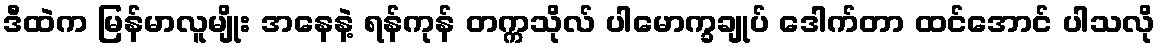
ဒီထဲက မြန်မာလူမျိုး အနေနဲ့ ရန်ကုန် တက္ကသိုလ် ပါမောက္ခချုပ် ဒေါက်တာ ထင်အောင် ပါသလို